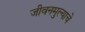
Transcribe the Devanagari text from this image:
जीवनमुल्याचे